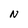
Character: N